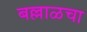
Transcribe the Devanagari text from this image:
बल्लाळचा